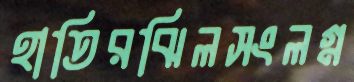
হাতিরঝিলসংলগ্ন